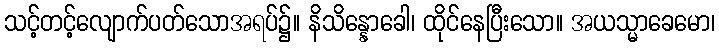
သင့်တင့်လျောက်ပတ်သောအရပ်၌။ နိသိန္နောခေါ၊ ထိုင်နေပြီးသော။ အယသ္မာခေမော၊